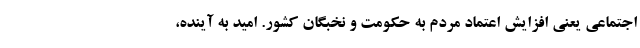
اجتماعی یعنی افزایش اعتماد مردم به حکومت و نخبگان کشور. امید به آینده،